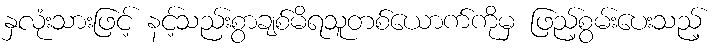
နှလုံးသားဖြင့် နင့်သည်းစွာချစ်မိရသူတစ်ယောက်ကိုမှ ဖြည့်စွမ်းပေးသည့်